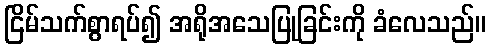
ငြိမ်သက်စွာရပ်၍ အရိုအသေပြုခြင်းကို ခံလေသည်။